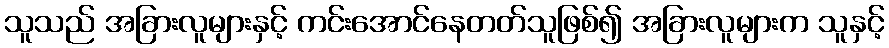
သူသည် အခြားလူများနှင့် ကင်းအောင်နေတတ်သူဖြစ်၍ အခြားလူများက သူနှင့်